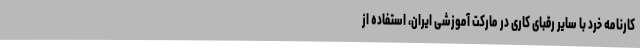
کارنامه خرد با سایر رقبای کاری در مارکت آموزشی ایران، استفاده از